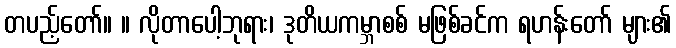
တပည့်တော်။ ။ လိုတာပေါ့ဘုရား၊ ဒုတိယကမ္ဘာစစ် မဖြစ်ခင်က ရဟန်းတော် များ၏